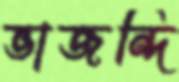
ভাজন্দি